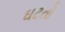
ઘટતો